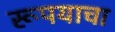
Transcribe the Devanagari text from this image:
रूपयाचा